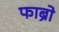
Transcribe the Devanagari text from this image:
फाब्रो